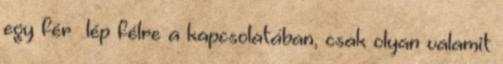
egy férﬁ lép félre a kapcsolatában, csak olyan valamit